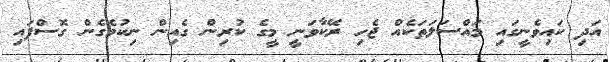
އަދި ކައިވެނީގައި މައްސަލަތަކެއް ޖެހި ރޭކާވަނީ މީގެ ކުރިން ގެއިން ނިކުމެގެން ގޮސްފައި